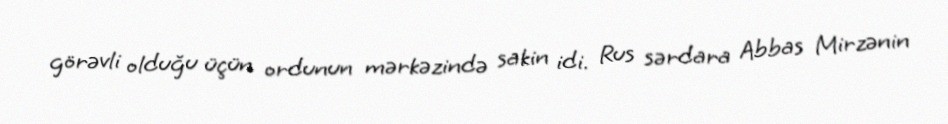
görəvli olduğu üçün ordunun mərkəzində sakin idi. Rus sərdara Abbas Mirzənin